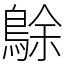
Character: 鵌